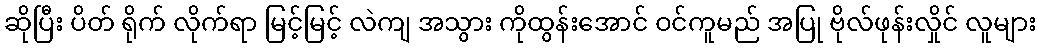
ဆိုပြီး ပိတ် ရိုက် လိုက်ရာ မြင့်မြင့် လဲကျ အသွား ကိုထွန်းအောင် ဝင်ကူမည် အပြု ဗိုလ်ဖုန်းလှိုင် လူများ